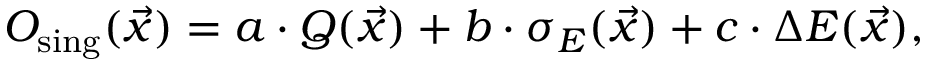
O _ { \mathrm { s i n g } } ( \vec { x } ) = a \cdot Q ( \vec { x } ) + b \cdot \sigma _ { E } ( \vec { x } ) + c \cdot \Delta E ( \vec { x } ) ,